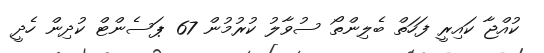
ކުއްޖާ ކައިރީ ފަހަތް ބެލިންތޯ ސުވާލު ކުރުމުން 67 ޕަސެންޓް ކުދިން ހެދީ